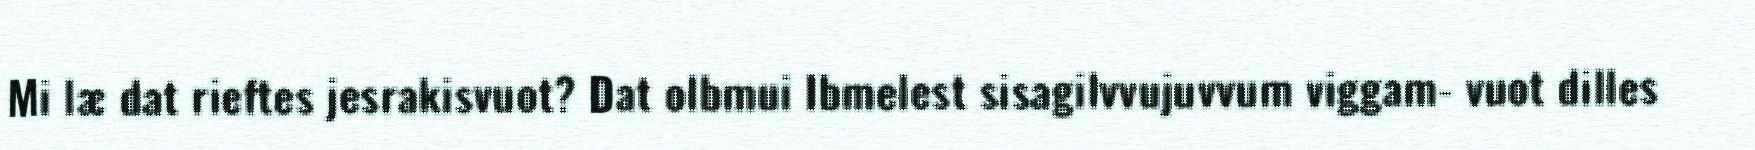
Mi læ dat rieftes jesrakisvuot? Dat olbmui Ibmelest sisagilvvujuvvum viggam- vuot dilles